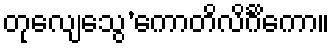
တုလျေသွေ’ကောတိလိင်္ဂိကော။